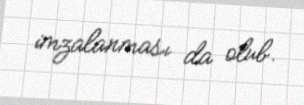
imzalanması da olub.